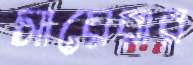
সায়েরার